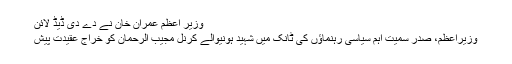
وزیر اعظم عمران خان نے دے دی ڈیڈ لائن
وزیراعظم، صدر سمیت اہم سیاسی رہنماؤں کی ٹانک میں شہید ہونیوالے کرنل مجیب الرحمان کو خراج عقیدت پیش